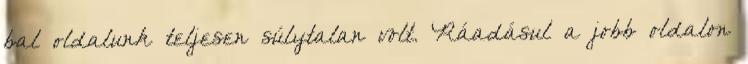
bal oldalunk teljesen súlytalan volt. Ráadásul a jobb oldalon